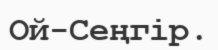
Ой-Сеңгір.